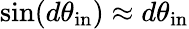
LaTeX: \sin(d\theta_{\mathrm{in}})\approx d\theta_{\mathrm{in}}